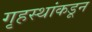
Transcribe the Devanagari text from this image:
गृहस्थांकडून